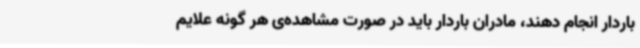
باردار انجام دهند، مادران باردار باید در صورت مشاهده‌ی هر گونه علایم